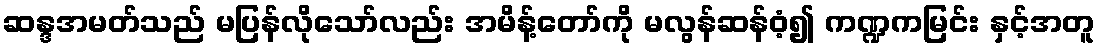
ဆန္ဒအမတ်သည် မပြန်လိုသော်လည်း အမိန့်တော်ကို မလွန်ဆန်ဝံ့၍ ကဏ္ဍကမြင်း နှင့်အတူ